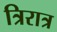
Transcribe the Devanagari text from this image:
त्रिरात्र